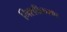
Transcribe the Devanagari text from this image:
निशाीकरण